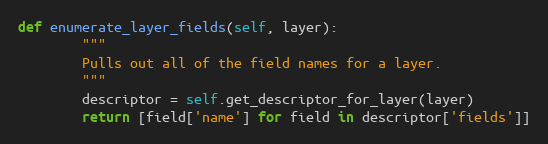
Language: Python
def enumerate_layer_fields(self, layer):
        """
        Pulls out all of the field names for a layer.
        """
        descriptor = self.get_descriptor_for_layer(layer)
        return [field['name'] for field in descriptor['fields']]